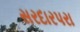
સરદારપરા